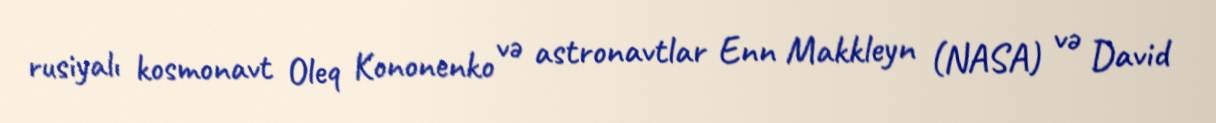
rusiyalı kosmonavt Oleq Kononenko və astronavtlar Enn Makkleyn (NASA) və David